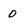
Character: 0